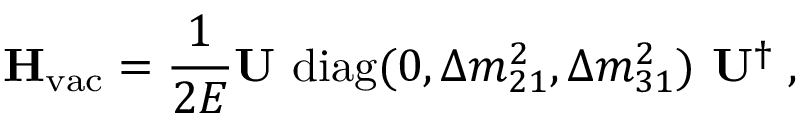
\mathbf { H } _ { \mathrm { v a c } } = \frac { 1 } { 2 E } \mathbf { U } ~ \mathrm { d i a g } ( 0 , \Delta m _ { 2 1 } ^ { 2 } , \Delta m _ { 3 1 } ^ { 2 } ) ~ \mathbf { U } ^ { \dagger } \; ,